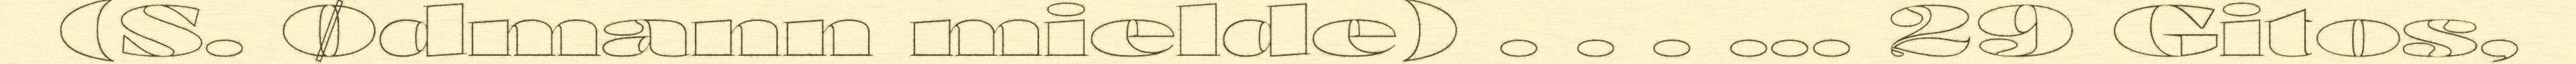
(S. Ødmann mielde) . . . ... 29 Gitos,